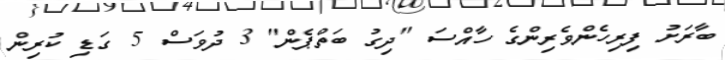
ބާރަށު ފިރިހެންވެރިންގެ ހާއްސަ "ދިގު ބަތްޕެން" 3 ދުވަސް 5 ގަޑި ކުރިން